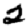
Digit: 2